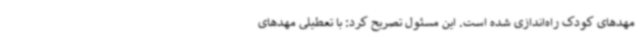
مهدهای کودک راه‌اندازی شده است. این مسئول تصریح کرد: با تعطیلی مهدهای